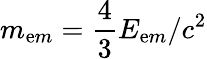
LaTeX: m_{\mathrm{e}m}={\frac{{4}}{{3}}}E_{\mathrm{e}m}/c^{2}